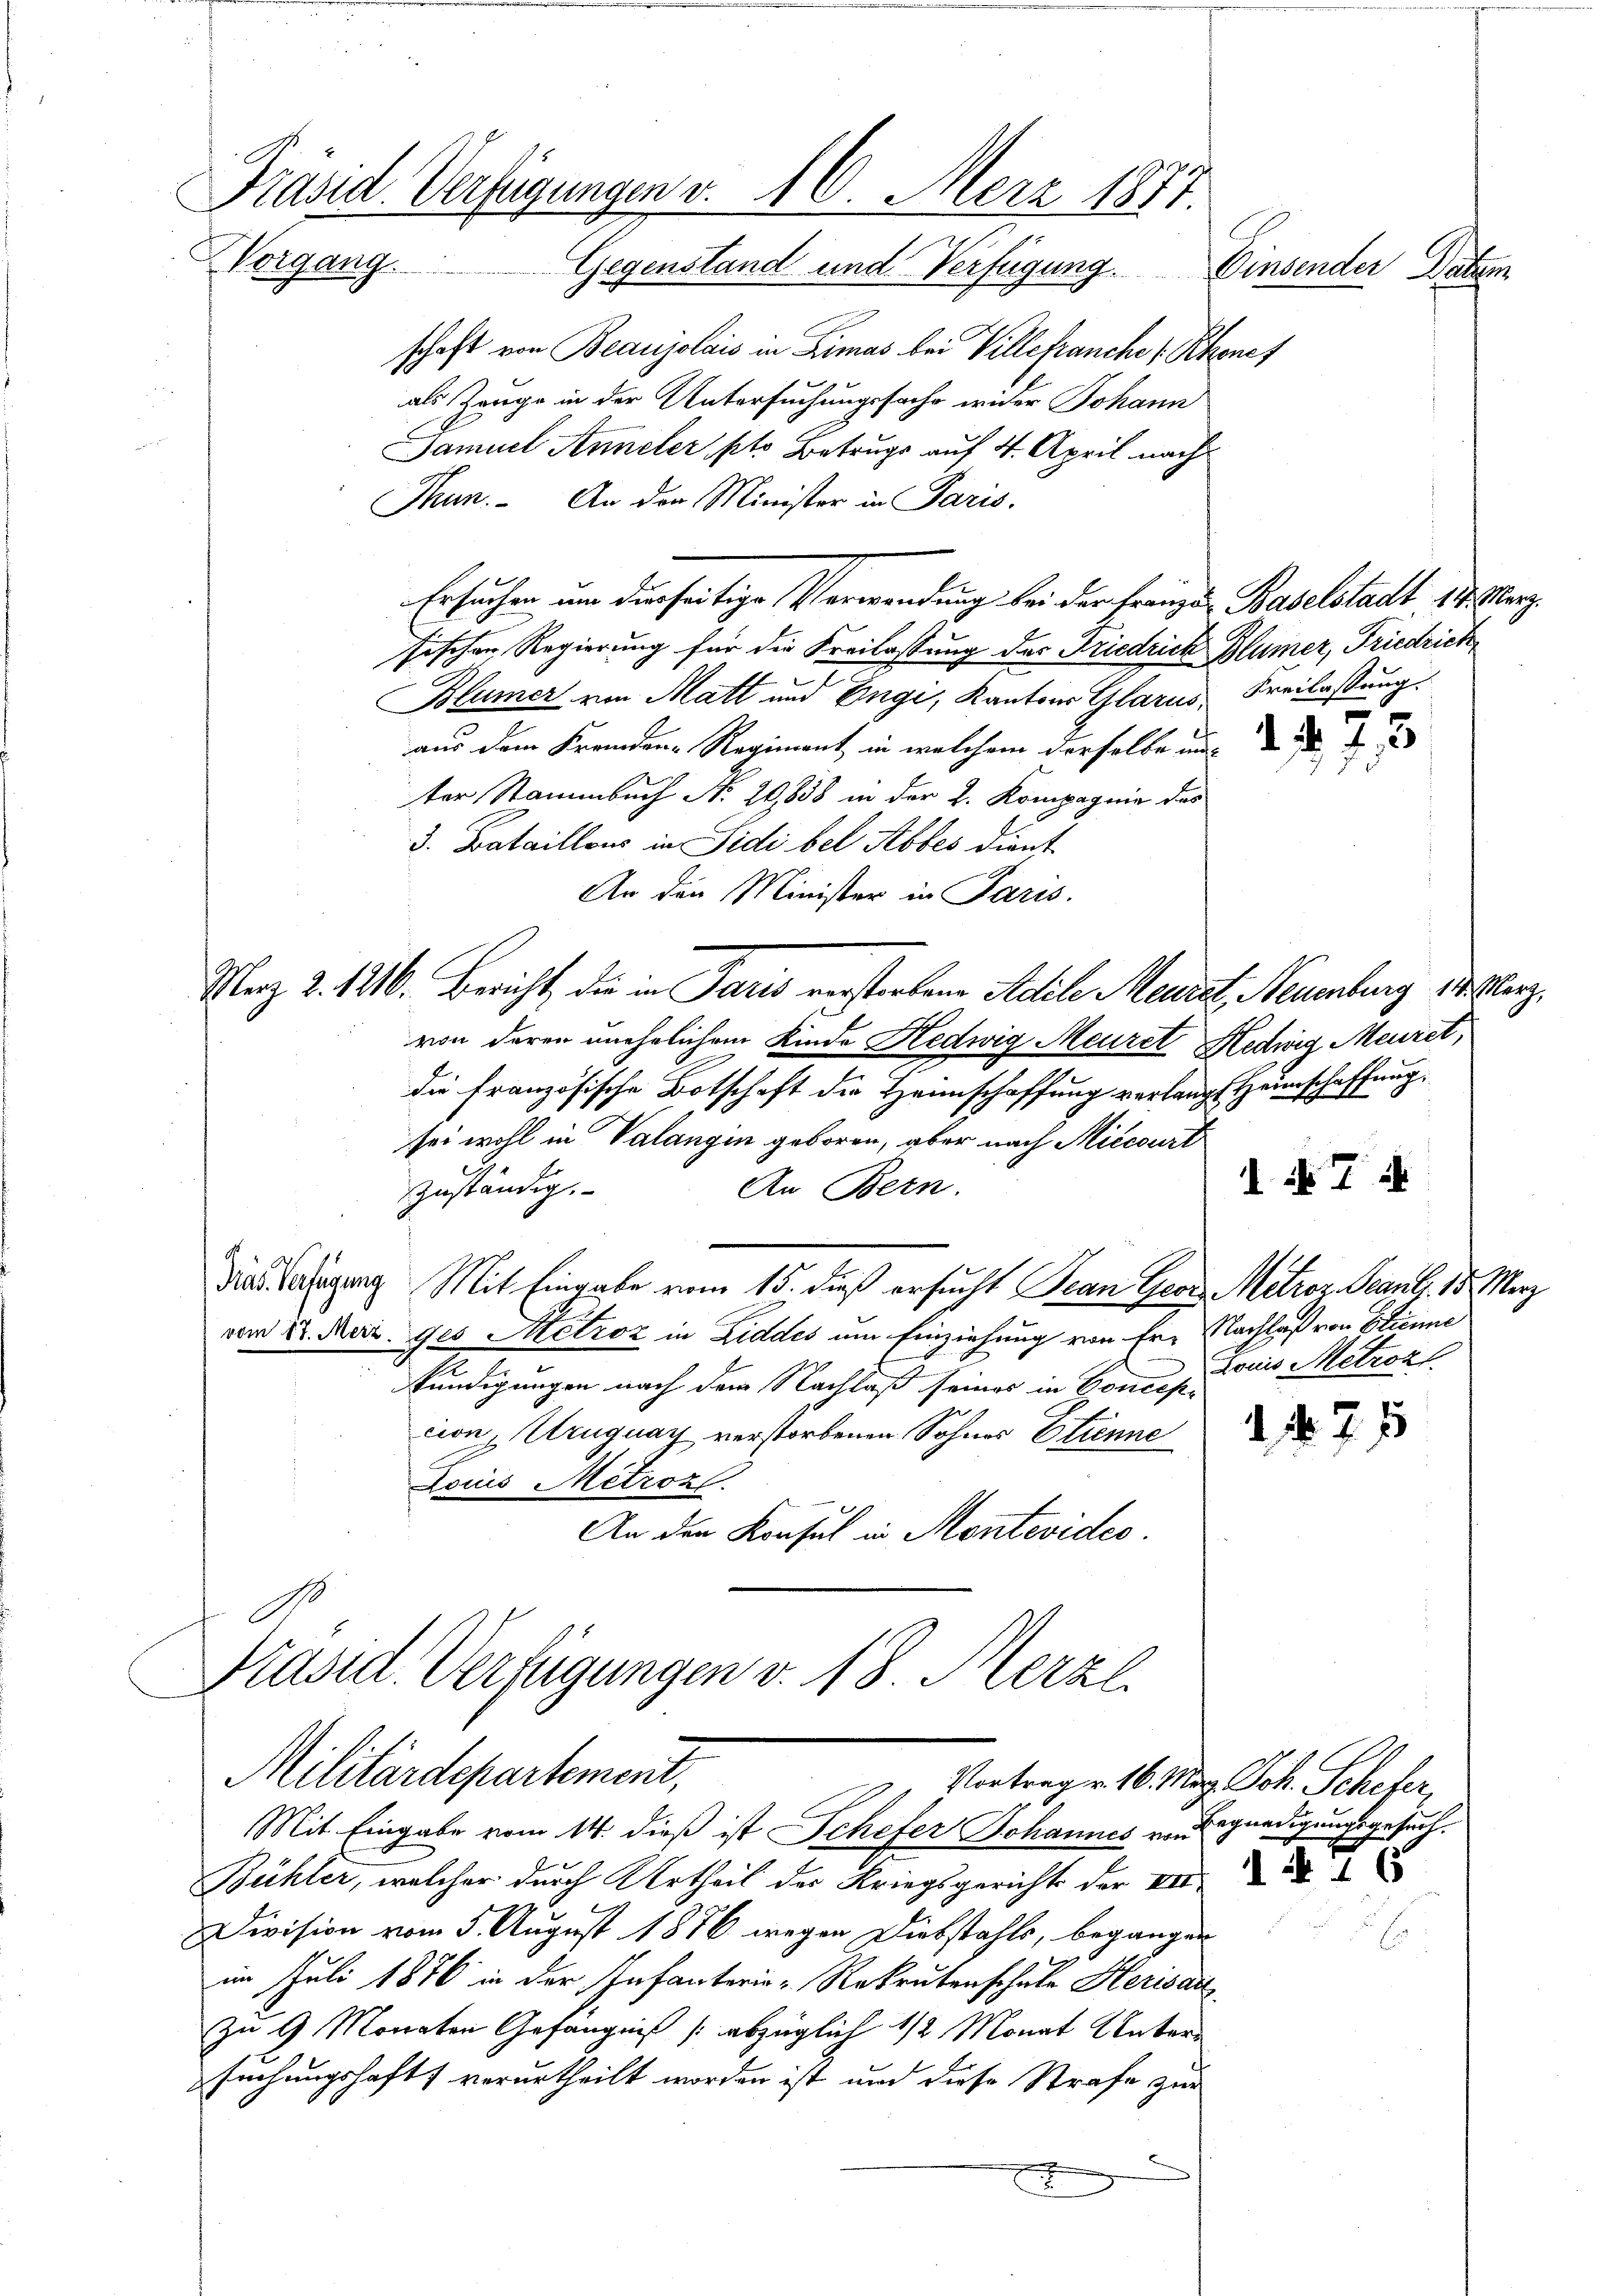
Präsid. Verfügungen v. 16. März 1877.
Vorgang
Gegenstand und Verfügung.
Einsender Datum

schaft von Beaujolais in Limas bei Villefranche (Rhonet
als Zange in der Untersuchungssache wider Johann
Samuel Anneler, pto Betrugs auf 4. April nach¬
Thun. An den Minister in Paris.
Ersuchen um derseitige Verwendung bei der Franzen Baselstadt 18. März
sischen Regierung für die Freilassung des Friedrich Blümer, Friedrich
Blümer von Matt und Engi, Kantons Glarus, Freilassung.
aus dem Fremden-Regiment, in welchem derselbe und d
ter Stammbuch No. 20,838 in der 2. Kompagnie des
3. Bataillons in Sidi bel Abbes dient
An den Minister in Paris.
Maz 2. 1216. Bericht, die in Paris verstorbene Adile Meist, Neuenburg dieserz
von deren unehelichem Kinde Hedwig Meurst Hedwig Meuret,
die französische Botschaft die Heimschaffung verlangt Heimschaffung
sei wohl in Valangin geboren, aber nach Miccourt
 d 7
zuständig.
An Bern.
Die Satigung Mit Eingabe vom 15. dieß ersucht Jean Georg Mitroz. Scanb. 18. März
vom 22. Mai ges Metroz in Ziddes um Einziehung von Fr. Nachlaß von Stienme
Louis Metzok
kündigungen nach dem Nachlaß seines in Concess
cion, Uruguay verstorbenen Sohnes Sinne
Louis Mitroz.
An der Konsul in Montevideo
G

Präsid. Verfügungen v. 18. Merzl
Militärdepartement,
Mit Eingabe vom 14. dieß ist Schefer Johannes von Begnadigungsgesuch.

Vortrag v. 16. Mag. Joh. Schifer,
Bühler, welcher durch Urtheil der Kriegsgericht der VII
Division vom 5. August 1886 wegen Diebstahls, begangen
im Juli 1876 in der Infanterie-Rekrutenschule Herisar
zu 9 Monaten Gefängniß abzüglich 1/2 Monat Unter
suchungshaft verurtheilt worden ist und diese Strafe zur
x

6